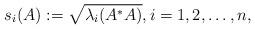
LaTeX: \begin{align*}s_i(A):=\sqrt{\lambda_i(A^* A)}, i=1,2,\dots,n,\end{align*}